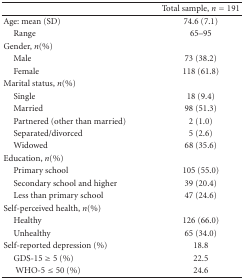
<table><thead><tr><td><b> </b></td><td><b>Total sample, <i>n</i> = 191</b></td></tr></thead><tbody><tr><td>Age: mean (SD)</td><td>74.6 (7.1)</td></tr><tr><td> Range</td><td>65–95</td></tr><tr><td>Gender, <i>n</i>(%)</td><td> </td></tr><tr><td> Male</td><td>73 (38.2)</td></tr><tr><td> Female</td><td>118 (61.8)</td></tr><tr><td>Marital status, <i>n</i>(%)</td><td> </td></tr><tr><td> Single</td><td>18 (9.4)</td></tr><tr><td> Married</td><td>98 (51.3)</td></tr><tr><td> Partnered (other than married)</td><td>2 (1.0)</td></tr><tr><td> Separated/divorced</td><td>5 (2.6)</td></tr><tr><td> Widowed</td><td>68 (35.6)</td></tr><tr><td>Education, <i>n</i>(%)</td><td> </td></tr><tr><td> Primary school</td><td>105 (55.0)</td></tr><tr><td> Secondary school and higher</td><td>39 (20.4)</td></tr><tr><td> Less than primary school</td><td>47 (24.6)</td></tr><tr><td>Self-perceived health, <i>n</i>(%)</td><td> </td></tr><tr><td> Healthy</td><td>126 (66.0)</td></tr><tr><td> Unhealthy</td><td>65 (34.0)</td></tr><tr><td>Self-reported depression (%)</td><td>18.8</td></tr><tr><td> GDS-15 ≥ 5 (%)</td><td>22.5</td></tr><tr><td>WHO-5 ≤ 50 (%)</td><td>24.6</td></tr></tbody></table>